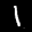
Label: 1